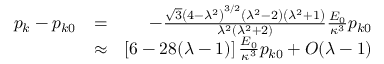
\begin{array} { r l r } { p _ { k } - p _ { k 0 } } & { = } & { - \frac { \sqrt { 3 } \left( 4 - \lambda ^ { 2 } \right) ^ { 3 / 2 } \left( \lambda ^ { 2 } - 2 \right) \left( \lambda ^ { 2 } + 1 \right) } { \lambda ^ { 2 } \left( \lambda ^ { 2 } + 2 \right) } \frac { E _ { 0 } } { \kappa ^ { 3 } } p _ { k 0 } } \\ & { \approx } & { \left[ 6 - 2 8 ( \lambda - 1 ) \right] \frac { E _ { 0 } } { \kappa ^ { 3 } } p _ { k 0 } + { \cal O } ( \lambda - 1 ) } \end{array}